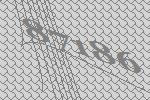
87186